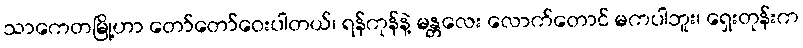
သာကေတမြို့ဟာ တော်တော်ဝေးပါတယ်၊ ရန်ကုန်နဲ့ မန္တလေး လောက်တောင် မကပါဘူး၊ ရှေးတုန်းက